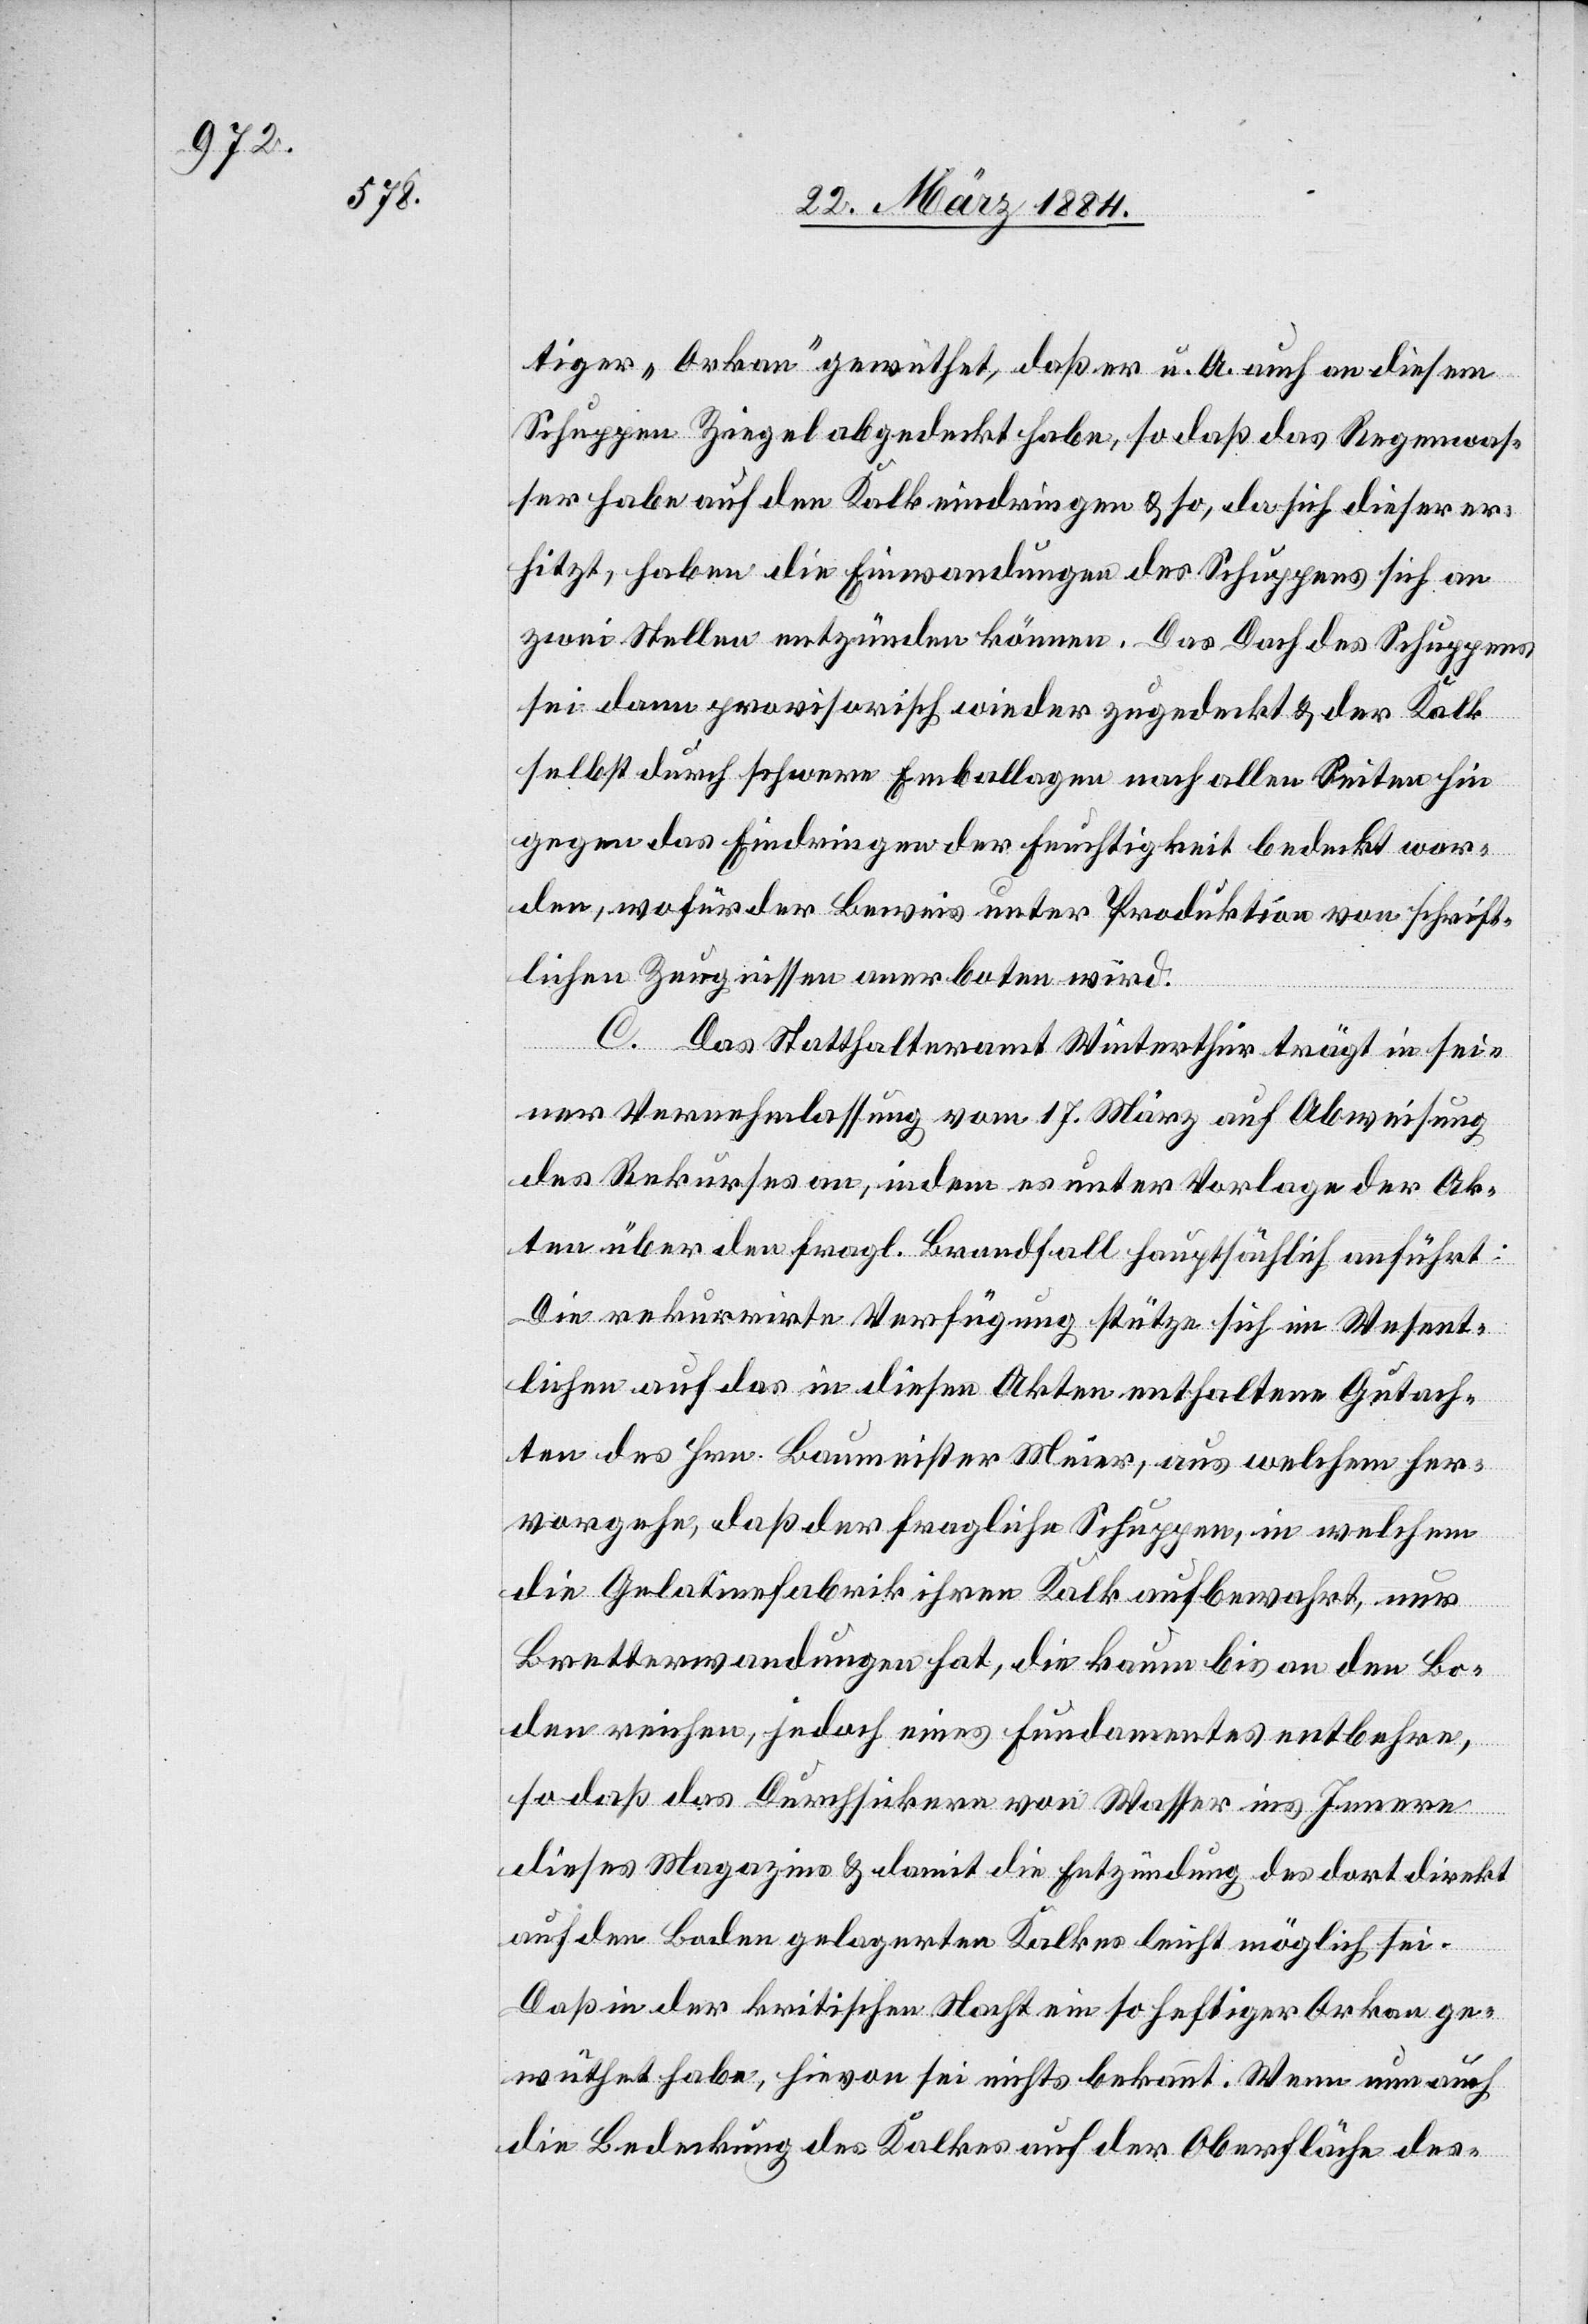
tiger „Orkan“ gewüthet, daß er u. A. auch an diesem
Schuppen Ziegel abgedeckt habe, so daß das Regenwas¬
ser habe auf den Kalk eindringen & so, da sich dieser er¬
hitzt, haben die Einwandungen des Schuppens sich an
zwei Stellen entzünden können. Das Dach des Schuppens
sei dann provisorisch wieder zugedeckt & der Kalk
selbst durch schwere Emballagen nach allen Seiten hin
gegen das Eindringen der Feuchtigkeit bedeckt wor¬
den, wofür der Beweis unter Produktion von schrift¬
lichen Zeugnissen anerboten wird.
C. Das Statthalteramt Winterthur trägt in sei¬
ner Vernehmlassung vom 17. März auf Abweisung
des Rekurses an, indem es unter Vorlage der Ak¬
ten über den fragl. Brandfall hauptsächlich anführt:
Die rekurrirte Verfügung stütze sich im Wesent¬
lichen auf das in diesen Akten enthaltene Gutach¬
ten des Hrn. Baumeister Meier, aus welchem her¬
vorgehe, daß der fragliche Schuppen, in welchem
die Gelatinefabrik ihren Kalk aufbewahrt, nur
Bretterwandungen hat, die kaum bis an den Bo¬
den reichen, jedoch eines Fundamentes entbehre,
so daß das Durchsickern von Wasser ins Innere
dieses Magazines & damit die Entzündung des dort direkt
auf dem Boden gelagerten Kalkes leicht möglich sei.
Daß in der kritischen Nacht ein so heftiger Orkan ge¬
wüthet habe, hievon sei nichts bekannt. Wenn nun auch
die Bedeckung des Kalkes auf der Oberfläche des-